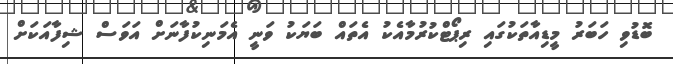
ބޮޑުވި ހަަބަރު މީޑިއާތަކުގައި ރިޕޯޓްކުރުމާއެކު އެތައް ބަޔަކު ވަނީ އެމަނިކުފާނަށް އަވަސް ޝިފާއަކަށް